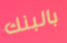
بالبنك